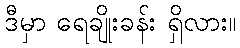
ဒီမှာ ရေချိုးခန်း ရှိလား။